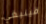
فينبغي